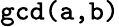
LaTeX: \texttt{gcd(a,b)}